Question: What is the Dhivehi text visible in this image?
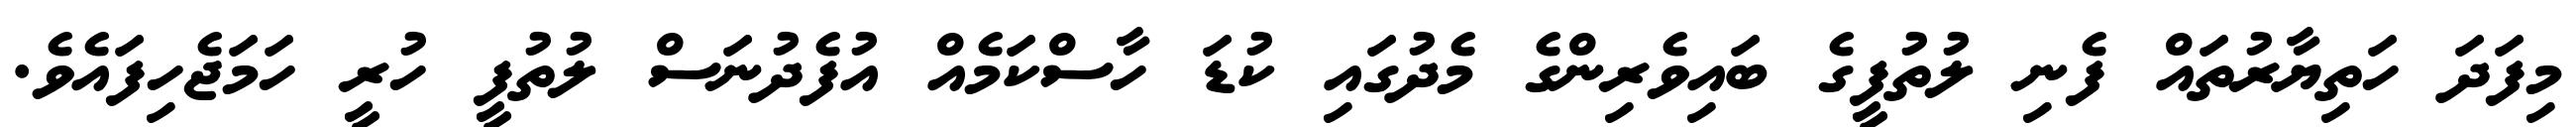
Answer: މިފަދަ ހަތިޔާރުތައް ފެނި ލުތުފީގެ ބައިވެރިންގެ މެދުގައި ކުޑަ ހާސްކަމެއް އުފެދުނަސް ލުތުފީ ހުރީ ހަމަޖެހިފައެވެ.